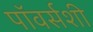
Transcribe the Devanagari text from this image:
पॉवर्सशी